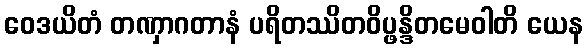
ဝေဒယိတံ တဏှာဂတာနံ ပရိတဿိတဝိပ္ဖန္ဒိတမေဝါတိ ယေန